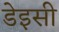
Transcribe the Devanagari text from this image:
डेइसी